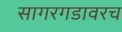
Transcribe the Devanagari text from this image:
सागरगडावरच